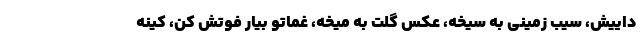
داییش، سیب زمینی به سیخه، عکس گلت به میخه، غماتو بیار فوتش کن، کینه